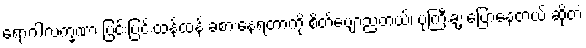
ရောဂါလက္ခဏာ ပြင်းပြင်းထန်ထန် ခံစားနေရတာကို စိတ်ပျော့ညံ့တယ်၊ ပုံကြီးချဲ့ ပြောနေတယ် ဆိုတဲ့